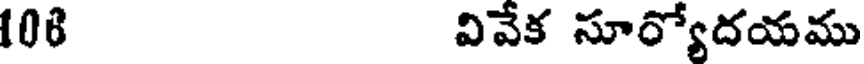
108 వివేక సూర్యోదయము